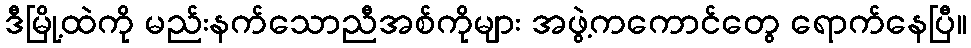
ဒီမြို့ထဲကို မည်းနက်သောညီအစ်ကိုများ အဖွဲ့ကကောင်တွေ ရောက်နေပြီ။